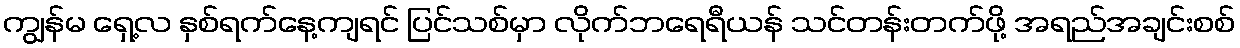
ကျွန်မ ရှေ့လ နှစ်ရက်နေ့ကျရင် ပြင်သစ်မှာ လိုက်ဘရေရီယန် သင်တန်းတက်ဖို့ အရည်အချင်းစစ်